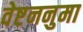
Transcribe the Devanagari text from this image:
वेष्टननुमा